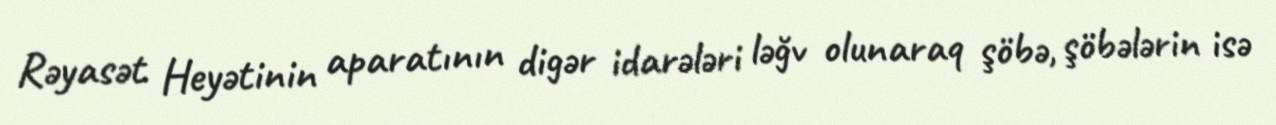
Rəyasət Heyətinin aparatının digər idarələri ləğv olunaraq şöbə, şöbələrin isə